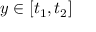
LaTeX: y \in [ t _ { 1 } , t _ { 2 } ]